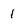
Character: 1